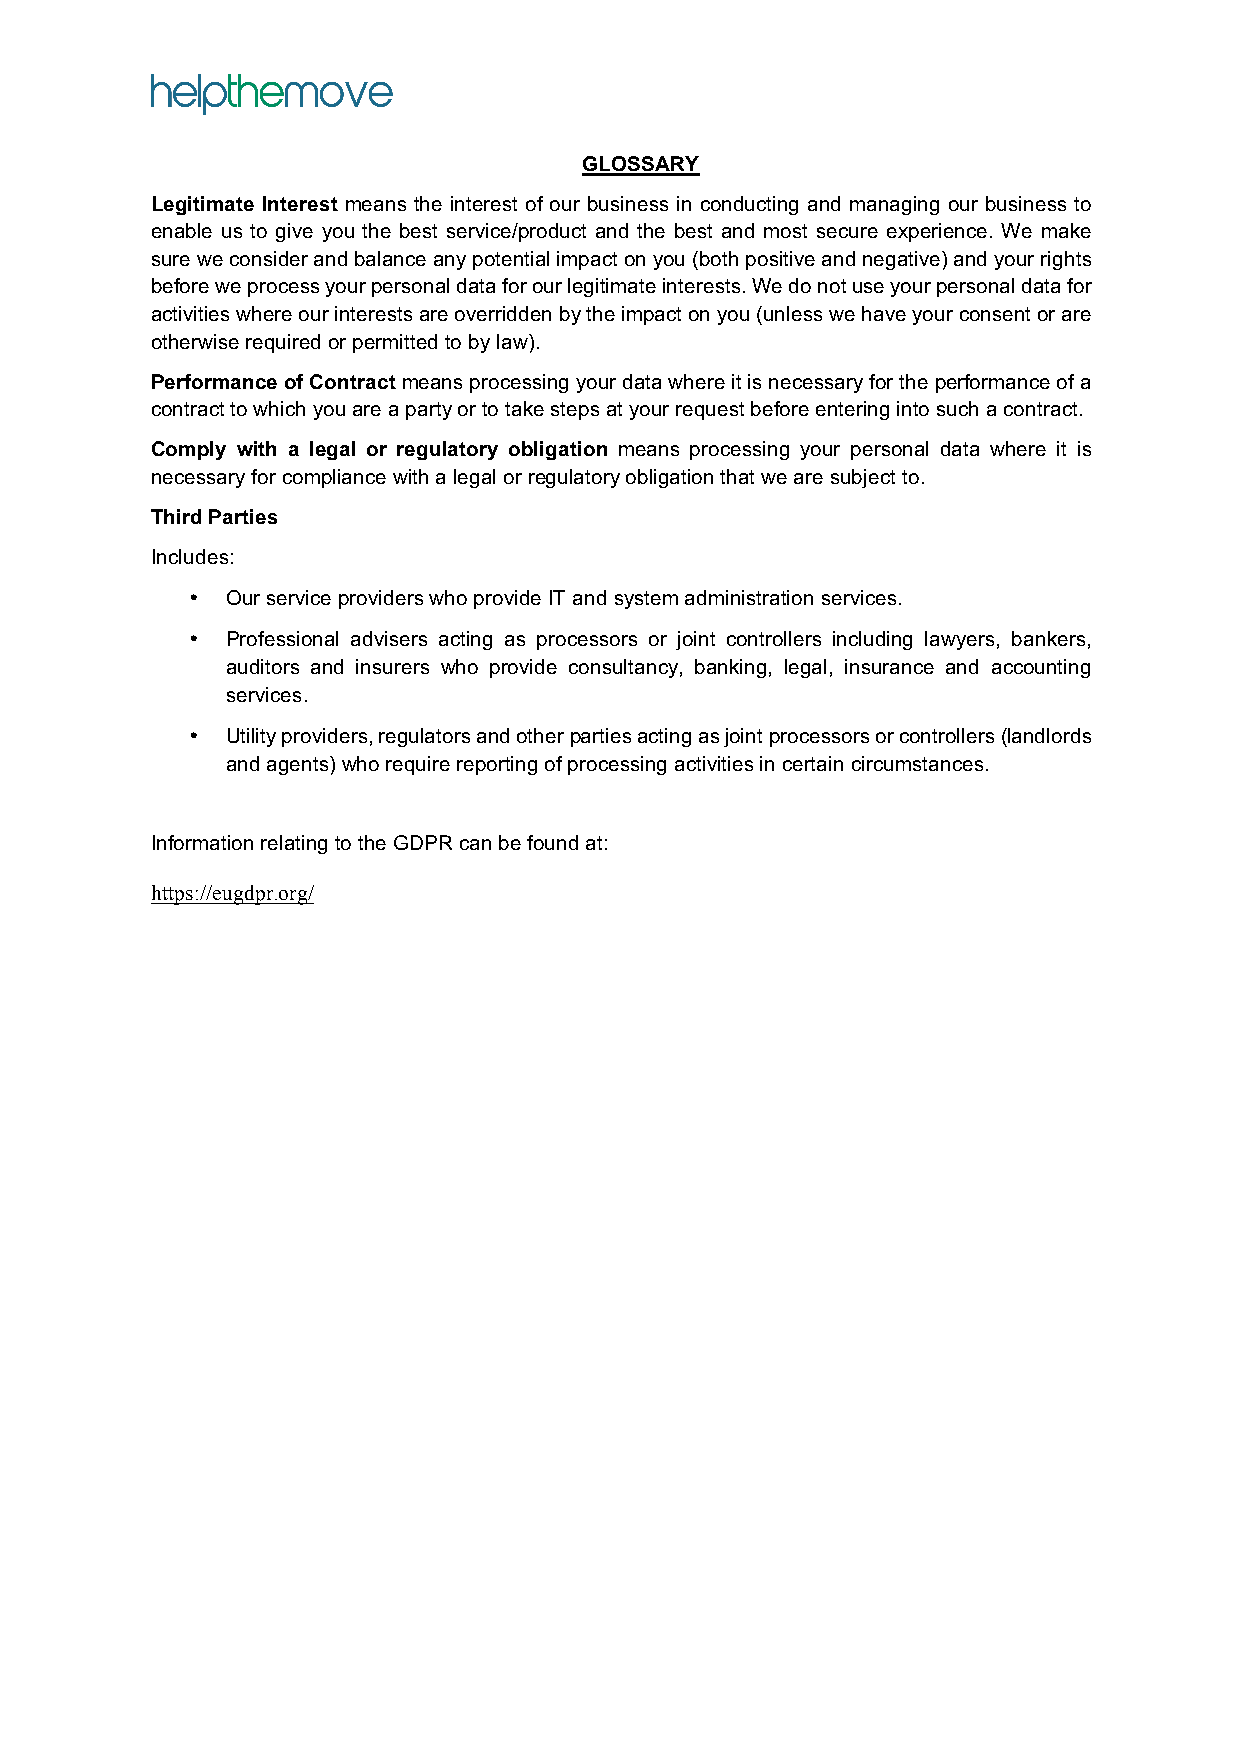
GLOSSARY
 Legitimate Interest means the interest of our business in conducting and managing our business to
 enable us to give you the best service/product and the best and most secure experience. We make
 sure we consider and balance any potential impact on you (both positive and negative) and your rights
 before we process your personal data for our legitimate interests. We do not use your personal data for
 activities where our interests are overridden by the impact on you (unless we have your consent or are
 otherwise required or permitted to by law).
 Performance of Contract means processing your data where it is necessary for the performance of a
 contract to which you are a party or to take steps at your request before entering into such a contract.
 Comply with a legal or regulatory obligation means processing your personal data where it is
 necessary for compliance with a legal or regulatory obligation that we are subject to.
 Third Parties
 Includes:
 •  Our service providers who provide IT and system administration services.
 •  Professional advisers acting as processors or joint controllers including lawyers, bankers,
 auditors and insurers who provide consultancy, banking, legal, insurance and accounting
 services.
 •  Utility providers, regulators and other parties acting as joint processors or controllers (landlords
 and agents) who require reporting of processing activities in certain circumstances.
 Information relating to the GDPR can be found at:
 https://eugdpr.org/